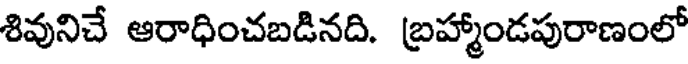
శివునిచే ఆరాధించబడినది. బ్రహ్మాండపురాణంలో